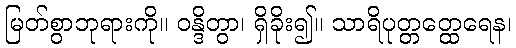
မြတ်စွာဘုရားကို။ ဝန္ဒိတွာ၊ ရှိခိုး၍။ သာရိပုတ္တတ္ထေရေန၊